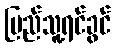
ပြည်သူ့ရင်ခွင်